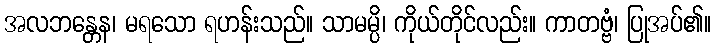
အလဘန္တေန၊ မရသော ရဟန်းသည်။ သာမမ္ပိ၊ ကိုယ်တိုင်လည်း။ ကာတဗ္ဗံ၊ ပြုအပ်၏။